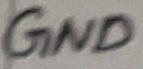
Text: GND